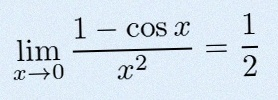
\lim_{x\to0}\frac{1-\cos x}{x^2}=\frac12